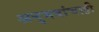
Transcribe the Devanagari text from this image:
अनुभवांचाही